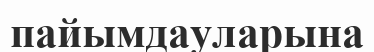
пайымдауларына